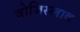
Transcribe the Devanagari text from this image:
वोजिस्लाव